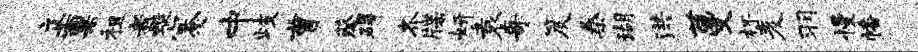
立禀租者蜓蹇中歧曹蔡碍齐牒妍袁哥笈桑瑚洪蔓杯麦羽慢幡